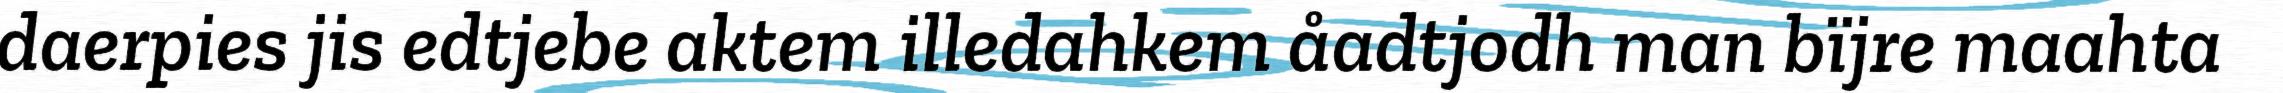
daerpies jis edtjebe aktem illedahkem åadtjodh man bïjre maahta